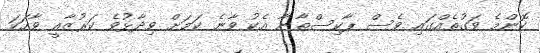
ކޮންމެ ވަގުތެއްގައި ވެސް ޕާކިސްތާނާ އެކު ވާނެ ކަމަށް ވިދާޅުވެ ކަރުޒާއީ ވާހަކަ